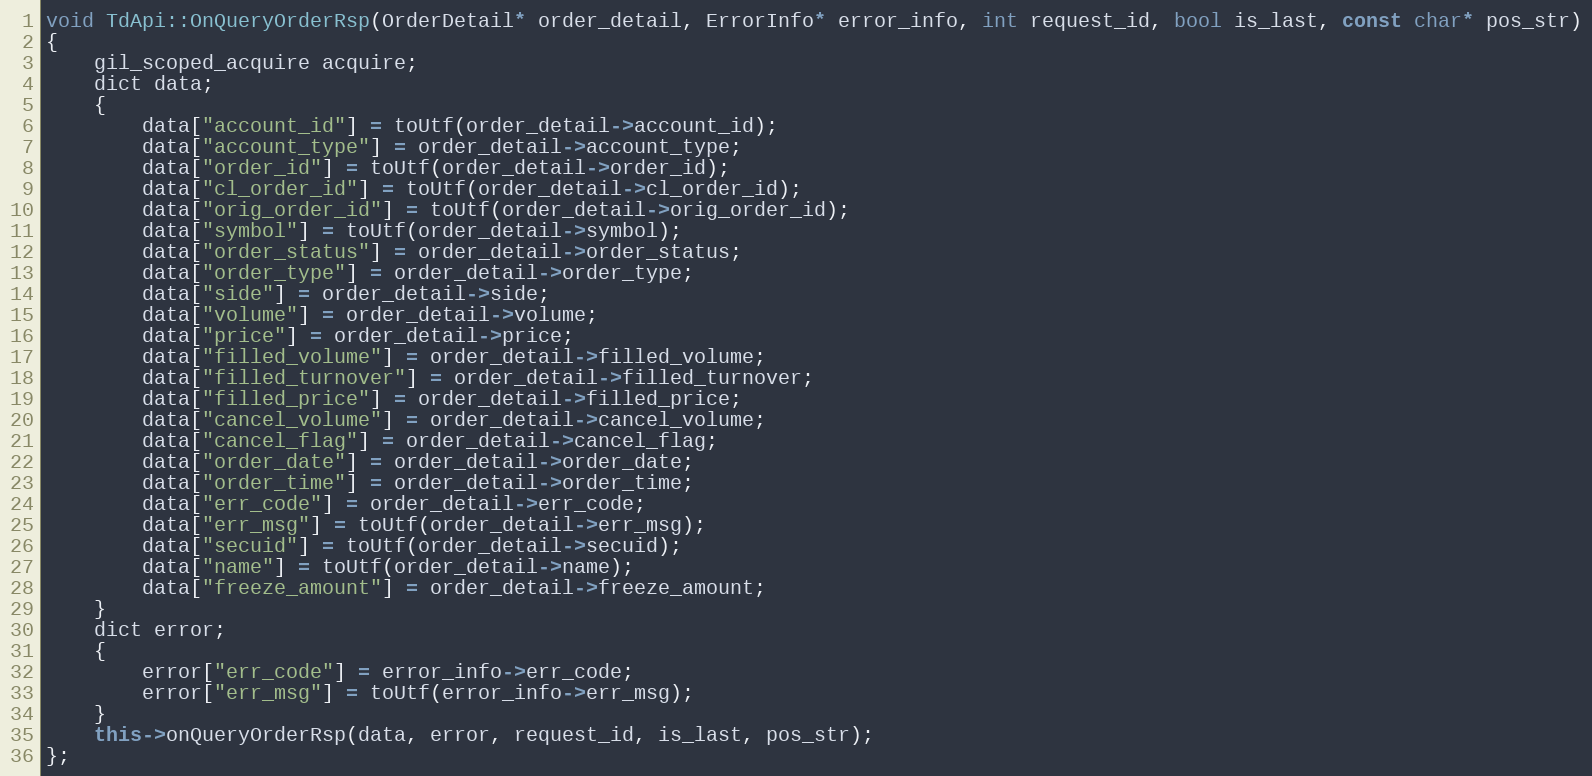
Language: C++
void TdApi::OnQueryOrderRsp(OrderDetail* order_detail, ErrorInfo* error_info, int request_id, bool is_last, const char* pos_str)
{
	gil_scoped_acquire acquire;
	dict data;
	{
		data["account_id"] = toUtf(order_detail->account_id);
		data["account_type"] = order_detail->account_type;
		data["order_id"] = toUtf(order_detail->order_id);
		data["cl_order_id"] = toUtf(order_detail->cl_order_id);
		data["orig_order_id"] = toUtf(order_detail->orig_order_id);
		data["symbol"] = toUtf(order_detail->symbol);
		data["order_status"] = order_detail->order_status;
		data["order_type"] = order_detail->order_type;
		data["side"] = order_detail->side;
		data["volume"] = order_detail->volume;
		data["price"] = order_detail->price;
		data["filled_volume"] = order_detail->filled_volume;
		data["filled_turnover"] = order_detail->filled_turnover;
		data["filled_price"] = order_detail->filled_price;
		data["cancel_volume"] = order_detail->cancel_volume;
		data["cancel_flag"] = order_detail->cancel_flag;
		data["order_date"] = order_detail->order_date;
		data["order_time"] = order_detail->order_time;
		data["err_code"] = order_detail->err_code;
		data["err_msg"] = toUtf(order_detail->err_msg);
		data["secuid"] = toUtf(order_detail->secuid);
		data["name"] = toUtf(order_detail->name);
		data["freeze_amount"] = order_detail->freeze_amount;
	}
	dict error;
	{
		error["err_code"] = error_info->err_code;
		error["err_msg"] = toUtf(error_info->err_msg);
	}
	this->onQueryOrderRsp(data, error, request_id, is_last, pos_str);
};